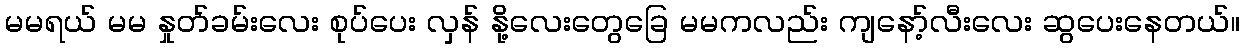
မမရယ် မမ နှုတ်ခမ်းလေး စုပ်ပေး လှန် နို့လေးတွေခြေ မမကလည်း ကျနော့်လီးလေး ဆွပေးနေတယ်။